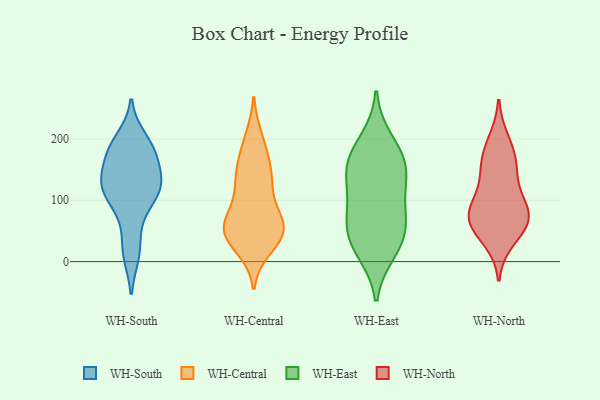
{"axis": {"x": "Churn Rate (%)", "y": "Value"}, "legend": ["WH-Central", "WH-East", "WH-North", "WH-South"], "data": [{"x": "", "y": 179, "type": "WH-South"}, {"x": "", "y": 13, "type": "WH-South"}, {"x": "", "y": 125, "type": "WH-South"}, {"x": "", "y": 135, "type": "WH-South"}, {"x": "", "y": 199, "type": "WH-South"}, {"x": "", "y": 20, "type": "WH-South"}, {"x": "", "y": 124, "type": "WH-South"}, {"x": "", "y": 181, "type": "WH-South"}, {"x": "", "y": 111, "type": "WH-South"}, {"x": "", "y": 105, "type": "WH-South"}, {"x": "", "y": 181, "type": "WH-South"}, {"x": "", "y": 176, "type": "WH-South"}, {"x": "", "y": 133, "type": "WH-South"}, {"x": "", "y": 119, "type": "WH-South"}, {"x": "", "y": 71, "type": "WH-South"}, {"x": "", "y": 24, "type": "WH-Central"}, {"x": "", "y": 55, "type": "WH-Central"}, {"x": "", "y": 61, "type": "WH-Central"}, {"x": "", "y": 200, "type": "WH-Central"}, {"x": "", "y": 53, "type": "WH-Central"}, {"x": "", "y": 191, "type": "WH-Central"}, {"x": "", "y": 123, "type": "WH-Central"}, {"x": "", "y": 150, "type": "WH-Central"}, {"x": "", "y": 158, "type": "WH-Central"}, {"x": "", "y": 35, "type": "WH-Central"}, {"x": "", "y": 56, "type": "WH-Central"}, {"x": "", "y": 133, "type": "WH-Central"}, {"x": "", "y": 125, "type": "WH-Central"}, {"x": "", "y": 41, "type": "WH-Central"}, {"x": "", "y": 59, "type": "WH-Central"}, {"x": "", "y": 51, "type": "WH-Central"}, {"x": "", "y": 82, "type": "WH-Central"}, {"x": "", "y": 83, "type": "WH-East"}, {"x": "", "y": 76, "type": "WH-East"}, {"x": "", "y": 198, "type": "WH-East"}, {"x": "", "y": 161, "type": "WH-East"}, {"x": "", "y": 55, "type": "WH-East"}, {"x": "", "y": 44, "type": "WH-East"}, {"x": "", "y": 16, "type": "WH-East"}, {"x": "", "y": 168, "type": "WH-East"}, {"x": "", "y": 122, "type": "WH-East"}, {"x": "", "y": 159, "type": "WH-East"}, {"x": "", "y": 25, "type": "WH-East"}, {"x": "", "y": 134, "type": "WH-East"}, {"x": "", "y": 115, "type": "WH-North"}, {"x": "", "y": 161, "type": "WH-North"}, {"x": "", "y": 36, "type": "WH-North"}, {"x": "", "y": 74, "type": "WH-North"}, {"x": "", "y": 83, "type": "WH-North"}, {"x": "", "y": 197, "type": "WH-North"}, {"x": "", "y": 86, "type": "WH-North"}, {"x": "", "y": 145, "type": "WH-North"}, {"x": "", "y": 172, "type": "WH-North"}, {"x": "", "y": 61, "type": "WH-North"}, {"x": "", "y": 69, "type": "WH-North"}, {"x": "", "y": 61, "type": "WH-North"}]}